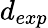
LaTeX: d_{exp}